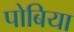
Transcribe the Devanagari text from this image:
पोबिया